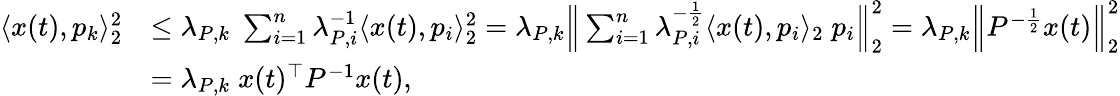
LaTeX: \begin{array}{rl}{\langle x(t),p_{k}\rangle_{2}^{2}}&{\leq\lambda_{P,k}\; \sum_{i=1}^{n}\lambda_{P,i}^{-1}\langle x(t),p_{i}\rangle_{2}^{2}=\lambda_{P,k}\Big\| \sum_{i=1}^{n}\lambda_{P,i}^{-\frac{1}{2}}\langle x(t),p_{i}\rangle_{2}\; p_{i}\Big\| _{2}^{2}=\lambda_{P,k}\Big\| P^{-\frac{1}{2}}x(t)\Big\| _{2}^{2}}\\ &{=\lambda_{P,k}\; x(t)^{\top}P^{-1}x(t),}\end{array}